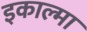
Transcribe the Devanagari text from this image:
इकाल्मा